Vaccination in Burma 1900-1911 - 1900-1911
Year: 1900
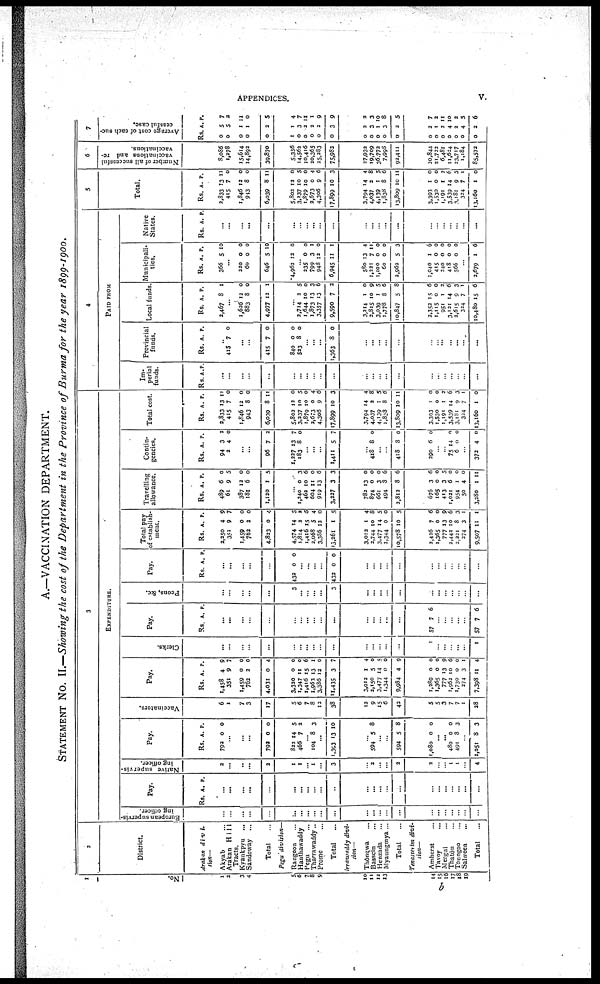
APPENDICES.
v.
A.—VACCINATION DEPARTMENT.
STATEMENT No. II.—Showing the cost of the Department in the Province of Burma for the year 1899-1900.
No.
1
2
3
4
5,
6
7
8
9
10
11
12
13
14
15
16
17
18
19
2
District.
Arakan divi-
sion—
Akyab ... ...
Arakan Hill
Tracts.
Kyaukpvu ... ...
Sandoway...
Total...
Pegu division—
Rangoon... ...
Hanthawaddy...
Pegu...
Tharrawaddy...
Prome...
Total
...
Irrawaddy divi-
sion—
Thongwa...
Bassein...
Henzada...
Myaungmya...
Total...
Tenassetim divi-
sion—
Amherst...
Tavoy...
Mergui...
Thatôn...
Toungoo...
Salween
...
Total...
3
EXPENDITURE.
European supervis-
ing officer.
...
...
...
...
...
...
...
...
...
...
...
...
...
...
...
...
...
...
...
...
...
...
...
Pay.
Rs. A. P.
...
...
...
...
...
...
...
...
...
...
...
...
...
...
...
...
...
...
...
...
...
...
...
Native supervis-
ing officer.
2
...
...
...
2
1
1
... 1
...
3
...
2
...
...
2
2
...
...
1 1
...
4
Pay.
Rs.
792
A.
0
P.
0
...
...
...
792
822
466
0
14
7
0
5
2
...
104 8 3
...
1,393 13 10
...
594 5 8
...
...
594
1,080
5
0
8
0
...
...
480
491
0
8
0
3
...
2,051 8 3
Vaccinators.
6
1
7
3
17
5
6
7
8
12
38
12
9
15
6
42
5
5
3
7
7
1
28
Pay.
Rs.
1,458
351
1,459
762
4,031
3,320
1,347
1,416
1,963
3,386
11,435
3,012
2,150
3,477
1,344
9,984
1,289
1,365
777
1,962
1,730
274
7,398
A.
4
9
0
2
0
0
11
15
13
12
3
1
5
14
0
4
0
0
13
10
0
3
11
P.
9
7
0
0
4
0
0
6
1
0
7
4
0
5
0
9
0
0
9
6
0
1
4
Clerks.
...
...
...
...
...
...
...
...
...
...
...
...
...
...
...
1
...
...
...
...
...
1
Pay.
Rs. A. P.
...
...
...
...
...
...
...
...
...
...
...
...
...
...
...
57 7 6
...
...
...
...
...
57 7 6
Peons, &c.
...
...
...
...
...
3
...
...
...
...
3
...
...
...
...
...
...
...
...
...
...
...
...
Pay.
Rs A. P.
...
...
...
...
...
432 0 0
...
...
...
432 0 0
...
...
...
...
...
...
...
...
...
...
...
...
Total pay
of establish-
ment.
Rs.
2,250
351
1,459
762
4,823
4,574
1,814
1,416
2,068
3,386
13,261
3,012
2,744
3,477
1,344
10,578
2,426
1,365
777
2,442
2,221
274
9,507
A.
4
9
0
2
0
14
2
15
5
12
1
1
10
14
0
10
7
0
13
10
8
3
11
P.
9
7
0
0
4
5
2
5
4
0
5
4
8
5
0
5
6
0
9
6
3
1
1
Travelling
allowance.
Rs.
489
61
387
181
1,120
A.
6
9
12
6
1
P.
0
5
0
0
5
...
1,240
462
604
919
3,227
782
874
661
494
2,812
676
165
413
1,021
954
50
3,280
0
10
11
13
3
13
0
3
8
8
3
0
3
6
1
4
1
3
6
0
6
3
0
0
0
6
6
6
0
5
0
0
0
11
Contin-
gencies.
Rs.
94
2
A.
3
P.
2
4 0
...
...
96
1,227
183
7
13
8
2
7
0
...
...
1,411 5 7
...
418 8 0
...
...
418
290
8
6
0
0
...
...
75
6
14
0
0
0
...
372 4 0
Total cost.
Rs.
2,833
415
1,846
943
6,039
5,802
3,237
1,879
2,673
4,306
17,899
3,794
4,037
4,139
1,838
13,809
3,393
1,530
1,191
3,539
3,181
324
13,160
A.
13
7
12
8
8
12
10
10
0
9
10
14
2
1
8
10
1
0
1
14
9
7
1
P.
11
0
0
0
11
0
5
0
4
6
3
4
8
5
6
11
0
0
2
6
3
1
0
4
PAID FROM
Im-
perial
funds.
Rs. A. P.
...
...
...
...
...
...
...
...
...
...
...
...
...
...
...
...
...
...
...
...
...
...
Provincial
funds.
Rs. A. P.
...
415 7 0
...
...
415
840
523
7
0
8
0
0
0
...
...
...
1,363 8 0
...
...
...
...
...
...
...
...
...
...
...
...
Local funds.
Rs.
3,467
A.
8
P.
1
...
1,626
883
4,977
12
8
12
0
0
1
...
2,714
1,644
1,873
3.357
9,590
3,214
2,815
3,039
1,778
10,847
3,352
1,115
951
3,131
2,615
324
10,480
2
10
13
13
7
1
10
1
8
5
15
0
1 14
9
7
15
5
0
3
6
2
0
9
5
6
8
6
0
2 6
3
1
6
Municipali-
ties.
Rs.
366
A.
5
P.
10
...
220
60
646
4,962
0
0
5
12
0
0
10
0
...
235
799
948
6,945
580
1,221
1,100
60
2,962
1,040
415
140 418
566
0
3
12
11
13
7
0
0
5
1
0
0 0
0
0
1
0
1
4
11
0
0
3
6
0
0 0
0
...
2,679 1 6
Native
States.
Rs. A. P.
...
...
...
...
...
...
...
...
...
...
...
...
...
...
...
...
...
...
...
...
...
...
5
Total.
Rs.
2,833
415
1,846
943
6,039
5,802
3,237
1,879
3,673
4,306
17,899
3,794
4,037
4,139
1,838
13,809
3,393
1,530
1,191
3,539
1,181
324
13,160
A.
13
7
12
8
8
12
10
10
0
9
10
14
2
1
8
10
1
0
1
14
9
7
1
P.
11
0
0
0
11
0
5
0
4
6
3
4
8
5
6
11
0
0
2
6
3
1
0
6
Number of all successful
vaccinations and re-
vaccinations.
8,086
1,278
15,614
14,892
39,870
5,356
14,562
10,416
20,365
25,283
75,982
27,932
19,709
36,773
7,998
92,411
20,844
21,722
6,481
11,624
23,717
1,184
85,573
7
Average cost of each suc-
cessful case.
Rs
0
0
0
0
0
1
0
0
0
0
0
0
0
0
0
0
0
0
0
0
0
0
0
A.
5
5
1
1
2
1
3
2
2
2
3
2
3
1
3
2
2
1
2
4
2
4
2
P.
7
2
11
0
5
4
7
11
1
9
9
2
3
10
8
5
7
2
11
10
2
5
6
b